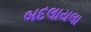
બદલાયલા